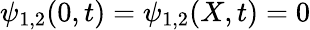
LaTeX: \psi_{1,2}(0,t)=\psi_{1,2}(X,t)=0